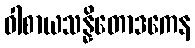
ဝါစာယသန္နိတောဒကေန